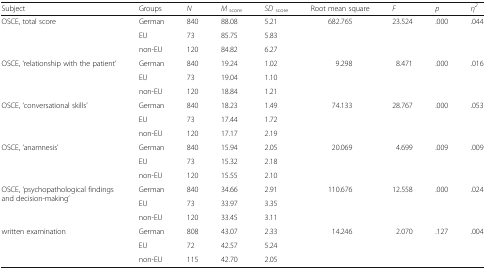
<table><thead><tr><td><b>Subject</b></td><td><b>Groups</b></td><td><b><i>N</i></b></td><td><b><i>M</i><sub>score</sub></b></td><td><b><i>SD</i><sub>score</sub></b></td><td><b>Root mean square</b></td><td><b><i>F</i></b></td><td><b><i>p</i></b></td><td><b><i>η</i><sup><i>2</i></sup></b></td></tr></thead><tbody><tr><td rowspan="3">OSCE, total score</td><td>German</td><td>840</td><td>88.08</td><td>5.21</td><td rowspan="3">682.765</td><td rowspan="3">23.524</td><td rowspan="3">.000</td><td rowspan="3">.044</td></tr><tr><td>EU</td><td>73</td><td>85.75</td><td>5.83</td></tr><tr><td>non-EU</td><td>120</td><td>84.82</td><td>6.27</td></tr><tr><td rowspan="3">OSCE, ‘relationship with the patient’</td><td>German</td><td>840</td><td>19.24</td><td>1.02</td><td rowspan="3">9.298</td><td rowspan="3">8.471</td><td rowspan="3">.000</td><td rowspan="3">.016</td></tr><tr><td>EU</td><td>73</td><td>19.04</td><td>1.10</td></tr><tr><td>non-EU</td><td>120</td><td>18.84</td><td>1.21</td></tr><tr><td rowspan="3">OSCE, ‘conversational skills’</td><td>German</td><td>840</td><td>18.23</td><td>1.49</td><td rowspan="3">74.133</td><td rowspan="3">28.767</td><td rowspan="3">.000</td><td rowspan="3">.053</td></tr><tr><td>EU</td><td>73</td><td>17.44</td><td>1.72</td></tr><tr><td>non-EU</td><td>120</td><td>17.17</td><td>2.19</td></tr><tr><td rowspan="3">OSCE, ‘anamnesis’</td><td>German</td><td>840</td><td>15.94</td><td>2.05</td><td rowspan="3">20.069</td><td rowspan="3">4.699</td><td rowspan="3">.009</td><td rowspan="3">.009</td></tr><tr><td>EU</td><td>73</td><td>15.32</td><td>2.18</td></tr><tr><td>non-EU</td><td>120</td><td>15.55</td><td>2.10</td></tr><tr><td rowspan="3">OSCE, ‘psychopathological findings and decision-making’</td><td>German</td><td>840</td><td>34.66</td><td>2.91</td><td rowspan="3">110.676</td><td rowspan="3">12.558</td><td rowspan="3">.000</td><td rowspan="3">.024</td></tr><tr><td>EU</td><td>73</td><td>33.97</td><td>3.35</td></tr><tr><td>non-EU</td><td>120</td><td>33.45</td><td>3.11</td></tr><tr><td rowspan="3">written examination</td><td>German</td><td>808</td><td>43.07</td><td>2.33</td><td rowspan="3">14.246</td><td rowspan="3">2.070</td><td rowspan="3">.127</td><td rowspan="3">.004</td></tr><tr><td>EU</td><td>72</td><td>42.57</td><td>5.24</td></tr><tr><td>non-EU</td><td>115</td><td>42.70</td><td>2.05</td></tr></tbody></table>